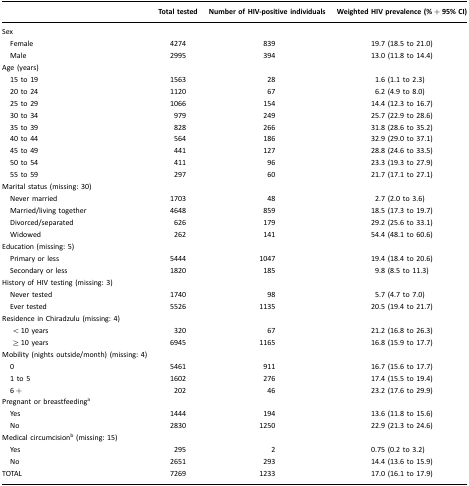
<table><thead><tr><td></td><td><b>Total tested</b></td><td><b>Number of HIV-positive individuals</b></td><td><b>Weighted HIV prevalence (% + 95% CI)</b></td></tr></thead><tbody><tr><td>Sex</td><td></td><td></td><td></td></tr><tr><td> Female</td><td>4274</td><td>839</td><td>19.7 (18.5 to 21.0)</td></tr><tr><td> Male</td><td>2995</td><td>394</td><td>13.0 (11.8 to 14.4)</td></tr><tr><td>Age (years)</td><td></td><td></td><td></td></tr><tr><td> 15 to 19</td><td>1563</td><td>28</td><td>1.6 (1.1 to 2.3)</td></tr><tr><td> 20 to 24</td><td>1120</td><td>67</td><td>6.2 (4.9 to 8.0)</td></tr><tr><td> 25 to 29</td><td>1066</td><td>154</td><td>14.4 (12.3 to 16.7)</td></tr><tr><td> 30 to 34</td><td>979</td><td>249</td><td>25.7 (22.9 to 28.6)</td></tr><tr><td> 35 to 39</td><td>828</td><td>266</td><td>31.8 (28.6 to 35.2)</td></tr><tr><td> 40 to 44</td><td>564</td><td>186</td><td>32.9 (29.0 to 37.1)</td></tr><tr><td> 45 to 49</td><td>441</td><td>127</td><td>28.8 (24.6 to 33.5)</td></tr><tr><td> 50 to 54</td><td>411</td><td>96</td><td>23.3 (19.3 to 27.9)</td></tr><tr><td> 55 to 59</td><td>297</td><td>60</td><td>21.7 (17.1 to 27.1)</td></tr><tr><td>Marital status (missing: 30)</td><td></td><td></td><td></td></tr><tr><td> Never married</td><td>1703</td><td>48</td><td>2.7 (2.0 to 3.6)</td></tr><tr><td> Married/living together</td><td>4648</td><td>859</td><td>18.5 (17.3 to 19.7)</td></tr><tr><td> Divorced/separated</td><td>626</td><td>179</td><td>29.2 (25.6 to 33.1)</td></tr><tr><td> Widowed</td><td>262</td><td>141</td><td>54.4 (48.1 to 60.6)</td></tr><tr><td>Education (missing: 5)</td><td></td><td></td><td></td></tr><tr><td> Primary or less</td><td>5444</td><td>1047</td><td>19.4 (18.4 to 20.6)</td></tr><tr><td> Secondary or less</td><td>1820</td><td>185</td><td>9.8 (8.5 to 11.3)</td></tr><tr><td>History of HIV testing (missing: 3)</td><td></td><td></td><td></td></tr><tr><td> Never tested</td><td>1740</td><td>98</td><td>5.7 (4.7 to 7.0)</td></tr><tr><td> Ever tested</td><td>5526</td><td>1135</td><td>20.5 (19.4 to 21.7)</td></tr><tr><td>Residence in Chiradzulu (missing: 4)</td><td></td><td></td><td></td></tr><tr><td>&lt; 10 years</td><td>320</td><td>67</td><td>21.2 (16.8 to 26.3)</td></tr><tr><td>≥ 10 years</td><td>6945</td><td>1165</td><td>16.8 (15.9 to 17.7)</td></tr><tr><td>Mobility (nights outside/month) (missing: 4)</td><td></td><td></td><td></td></tr><tr><td> 0</td><td>5461</td><td>911</td><td>16.7 (15.6 to 17.7)</td></tr><tr><td> 1 to 5</td><td>1602</td><td>276</td><td>17.4 (15.5 to 19.4)</td></tr><tr><td> 6 +</td><td>202</td><td>46</td><td>23.2 (17.6 to 29.9)</td></tr><tr><td>Pregnant or breastfeedinga</td><td></td><td></td><td></td></tr><tr><td> Yes</td><td>1444</td><td>194</td><td>13.6 (11.8 to 15.6)</td></tr><tr><td> No</td><td>2830</td><td>1250</td><td>22.9 (21.3 to 24.6)</td></tr><tr><td>Medical circumcisionb (missing: 15)</td><td></td><td></td><td></td></tr><tr><td> Yes</td><td>295</td><td>2</td><td>0.75 (0.2 to 3.2)</td></tr><tr><td> No</td><td>2651</td><td>293</td><td>14.4 (13.6 to 15.9)</td></tr><tr><td>TOTAL</td><td>7269</td><td>1233</td><td>17.0 (16.1 to 17.9)</td></tr></tbody></table>